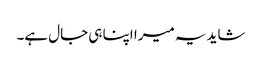
شاید یہ میرا اپنا ہی جال ہے۔